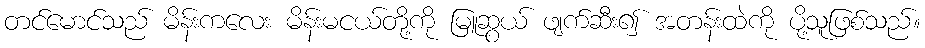
တင်မောင်သည် မိန်းကလေး မိန်းမငယ်တို့ကို မြူဆွယ် ဖျက်ဆီး၍ အတန်းထဲကို ပို့သူဖြစ်သည်။